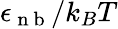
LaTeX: \epsilon_{\mathrm{~n~b~}}/k_{B}T